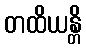
တထိယန္တိ